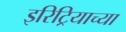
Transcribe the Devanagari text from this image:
इरिट्रियाच्या